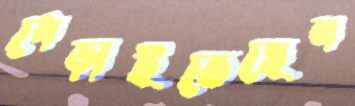
ধেড়াইতেছেন